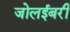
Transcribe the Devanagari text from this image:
जोलईबरी